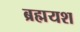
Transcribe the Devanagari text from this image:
ब्रह्मयश